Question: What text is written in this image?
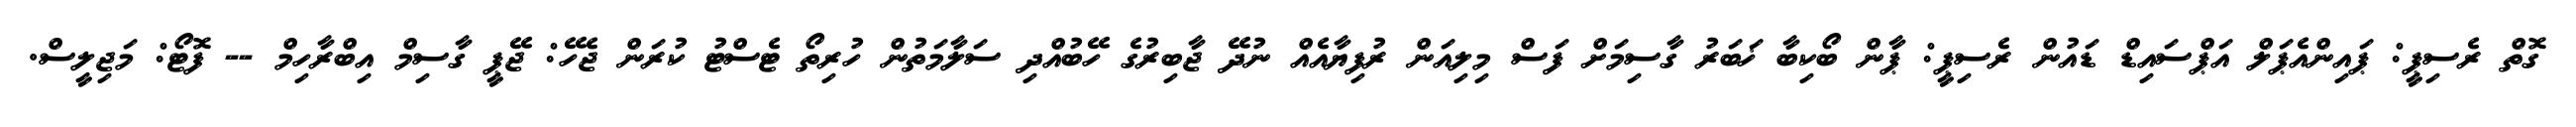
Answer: ގޮތް ރެސިޕީ: ޕައިންއެޕަލް އަޕްސައިޑް ޑައުން ރެސިޕީ: ޕާން ބޯކިބާ ޚަބަރު ގާސިމަށް ފަސް މިލިއަން ރުފިޔާއެއް ނުދޭ ޖާބިރުގެ ހޭބުއްދި ސަލާމަތުން ހުރިތޯ ޓެސްޓު ކުރަން ޖެހޭ: ޖޭޕީ ގާސިމް އިބްރާހިމް -- ފޮޓޯ: މަޖިލީސް.